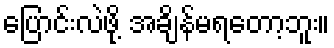
ပြောင်းလဲဖို့ အချိန်မရတော့ဘူး။